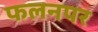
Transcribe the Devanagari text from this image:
फलनपर